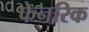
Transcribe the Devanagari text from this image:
फेनरिक